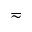
\eqsim